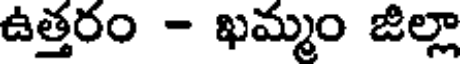
ఉత్తరం - ఖమ్మం జిల్లా